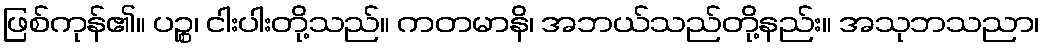
ဖြစ်ကုန်၏။ ပဉ္စ၊ ငါးပါးတို့သည်။ ကတမာနိ၊ အဘယ်သည်တို့နည်း။ အသုဘသညာ၊